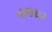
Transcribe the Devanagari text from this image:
५१४०२